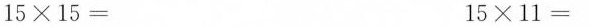
$$1 5 \times 1 5 =$$ $$1 5 \times 1 1 =$$